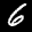
Label: 6